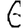
Digit: 6